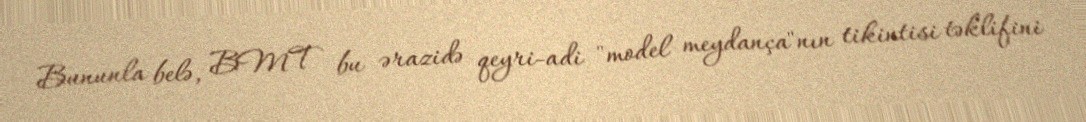
Bununla belə, BMT bu ərazidə qeyri-adi "model meydança"nın tikintisi təklifini